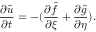
\frac { \partial \hat { u } } { \partial t } = - ( \frac { \partial \hat { f } } { \partial \xi } + \frac { \partial \hat { g } } { \partial \eta } ) .